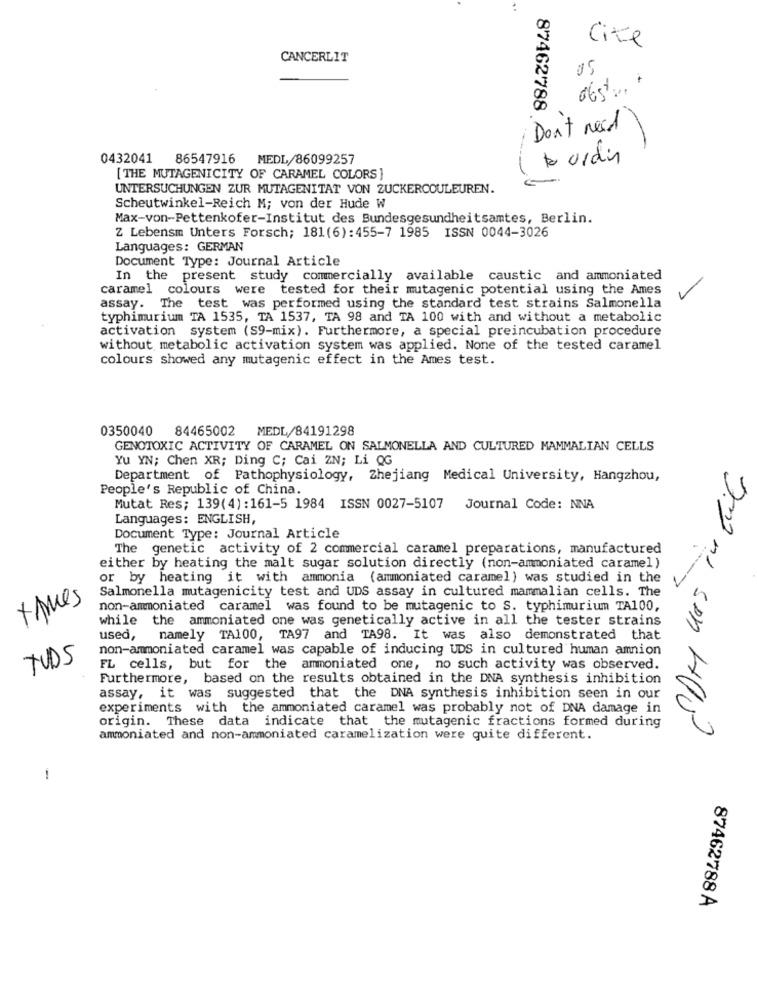
Cite
CANCERLIT
05
Don't need
87462788 &
0432041 86547916 MEDL/86099257
bourdin
[ THE MUTAGENICITY OF CARAMEL COLORS}
UNTERSUCHUNGEN ZUR MUTAGENITAT VON ZUCKERCOULEUREN.
Scheutwinkel-Reich M; von der Hude W
Max-von-Pettenkofer-Institut des Bundesgesundheitsamtes, Berlin.
Z Lebensm Unters Forsch; 181(6):455-7 1985 ISSN 0044-3026
Languages: GERMAN
Document Type: Journal Article
In the present study commercially available caustic and ammoniated
caramel colours were tested for their mutagenic potential using the Ames
V
assay. The test was performed using the standard test strains Salmonella
typhimurium TA 1535, TA 1537, TA 98 and TA 100 with and without a metabolic
activation system (S9-mix). Furthermore, a special preincubation procedure
without metabolic activation system was applied. None of the tested caramel
colours showed any mutagenic effect in the Ames test.
0350040
84465002 MEDL/84191298
GENOTOXIC ACTIVITY OF CARAMEL ON SALMONELLA AND CULTURED MAMMALIAN CELLS
Yu YN; Chen XR; Ding C; Cai ZN; Li QG
Department of Pathophysiology, Zhejiang Medical University, Hangzhou,
People's Republic of China.
Mutat Res; 139(4) :161-5 1984 ISSN 0027-5107
Journal Code: NNA
Languages: ENGLISH,
Document Type: Journal Article
The genetic activity of 2 commercial caramel preparations, manufactured
either by heating the malt sugar solution directly (non-ammoniated caramel)
or by heating it with ammonia (ammoniated caramel) was studied in the
Salmonella mutagenicity test and UDS assay in cultured mammalian cells. The
times
non-ammoniated caramel was found to be mutagenic to S. typhimurium TA100,
while the ammoniated one was genetically active in all the tester strains
used, namely TA100, TA97 and TA98. It was also demonstrated that
non-ammoniated caramel was capable of inducing UDS in cultured human amnion
TUDS
FL cells, but for the ammoniated one, no such activity was observed.
Furthermore, based on the results obtained in the DNA synthesis inhibition
assay, it was suggested that the DNA synthesis inhibition seen in our
experiments with the ammoniated caramel was probably not of DNA damage in
origin. These data indicate that the mutagenic fractions formed during
ammoniated and non-ammoniated caramelization were quite different.
1
87462788 A